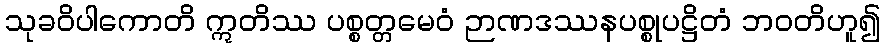
သုခဝိပါကောတိ ဣတိဿ ပစ္စတ္တမေဝံ ဉာဏဒဿနပစ္စုပဋ္ဌိတံ ဘဝတိဟူ၍